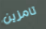
تامزين